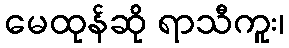
မေထုန်ဆို ရာသီကူး၊